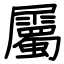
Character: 屬